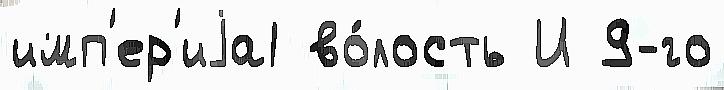
имп'ер'иjа1 во́лость И 9-го